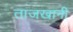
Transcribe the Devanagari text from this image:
ताजखानी